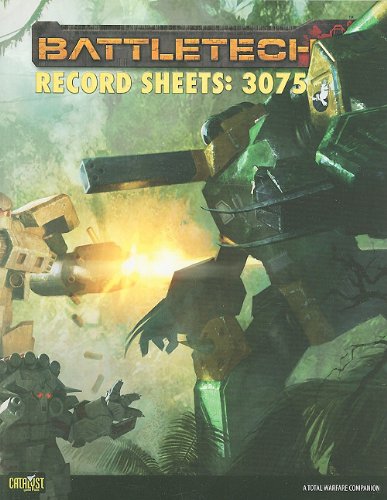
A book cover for Battletech Record Sheets 3075 (Battletech (Unnumbered)); Randall N. Bills; Science Fiction & Fantasy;